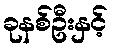
ခုနစ်ဦးနှင့်